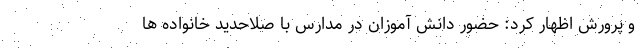
و پرورش اظهار کرد: حضور دانش آموزان در مدارس با صلاحدید خانواده ها